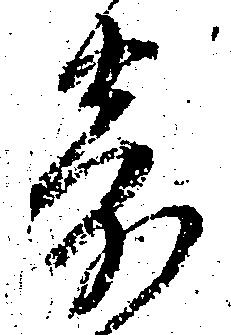
寄